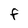
Character: F